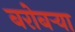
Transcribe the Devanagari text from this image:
बरोबर्‍या